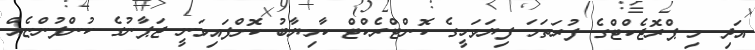
އަދި މި ޕްރޮޖެކްޓްގެ ފުރަތަމަ ފިޔަވަހީގެ ކޮންޓްރެކްޓް ކާމިޔާބު ކޮށްފައިވަނީ ޖަޕާނުގެ ކުންފުންޏެއް